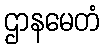
ဌာနမေတံ